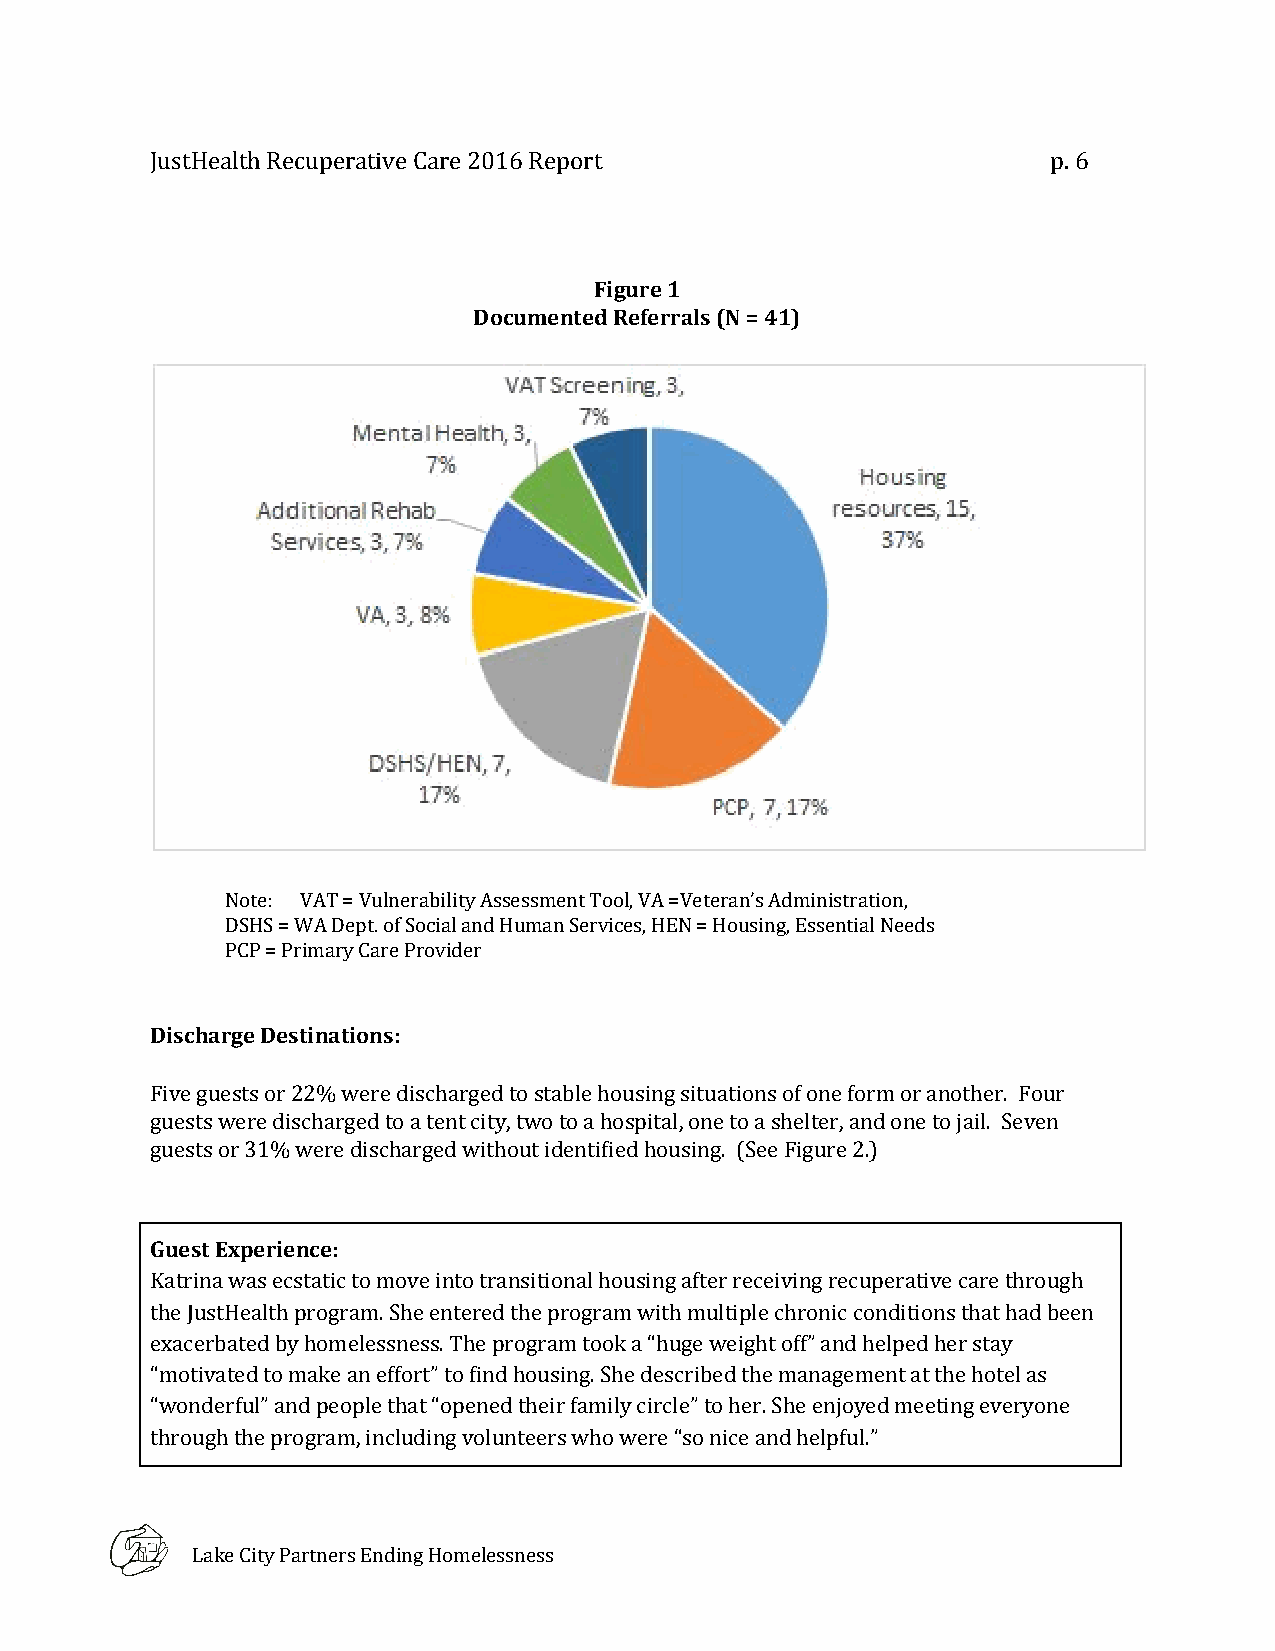
JustHealth Recuperative Care 2016 Report                    p. 6
 Figure 1
 Documented Referrals (N = 41)
 Note: VAT = Vulnerability Assessment Tool, VA =Veteran’s Administration,
 DSHS = WA Dept. of Social and Human Services, HEN = Housing, Essential Needs
 PCP = Primary Care Provider
 Discharge Destinations:
 Five guests or 22% were discharged to stable housing situations of one form or another. Four
 guests were discharged to a tent city, two to a hospital, one to a shelter, and one to jail. Seven
 guests or 31% were discharged without identified housing. (See Figure 2.)
 Guest Experience:
 Katrina was ecstatic to move into transitional housing after receiving recuperative care through
 the JustHealth program. She entered the program with multiple chronic conditions that had been
 exacerbated by homelessness. The program took a “huge weight off” and helped her stay
 “motivated to make an effort” to find housing. She described the management at the hotel as
 “wonderful” and people that “opened their family circle” to her. She enjoyed meeting everyone
 through the program, including volunteers who were “so nice and helpful.”
 Lake City Partners Ending Homelessness